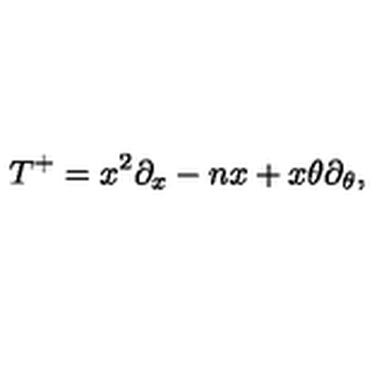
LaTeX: T ^ { + } = x ^ { 2 } \partial _ { x } - n x + x \theta \partial _ { \theta } ,